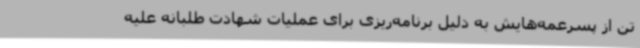
تن از پسرعمه‌هایش به دلیل برنامه‌ریزی برای عملیات شهادت طلبانه علیه